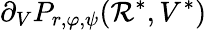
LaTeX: \partial_{V}P_{r,\varphi,\psi}(\mathcal{R}^{*},V^{*})